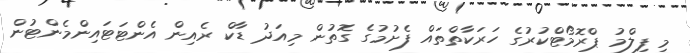
މި ފިލްމު ޕްރޮމޯޓްކުުރުގެ ހަރަކާތްތައް ފެށުމުގެ ގޮތުން މިއަދު ޑާކް ރެއިން އެންޓަޓައިންމެންޓުން